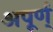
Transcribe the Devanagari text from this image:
अपूर्ण्‌